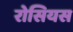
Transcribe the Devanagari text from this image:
रोसियस